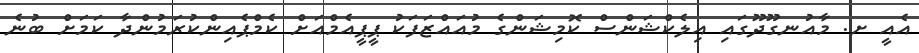
އެއީ ށ. މާއުނގޫދޫގައި އިލެކްޝަންސް ކޮމިޝަންގެ މުއައްޒަފަކު ޕީޕީއެމްއަށް ކެމްޕެއިންކުރަމުންދާ ކަމަށް ބުނެ